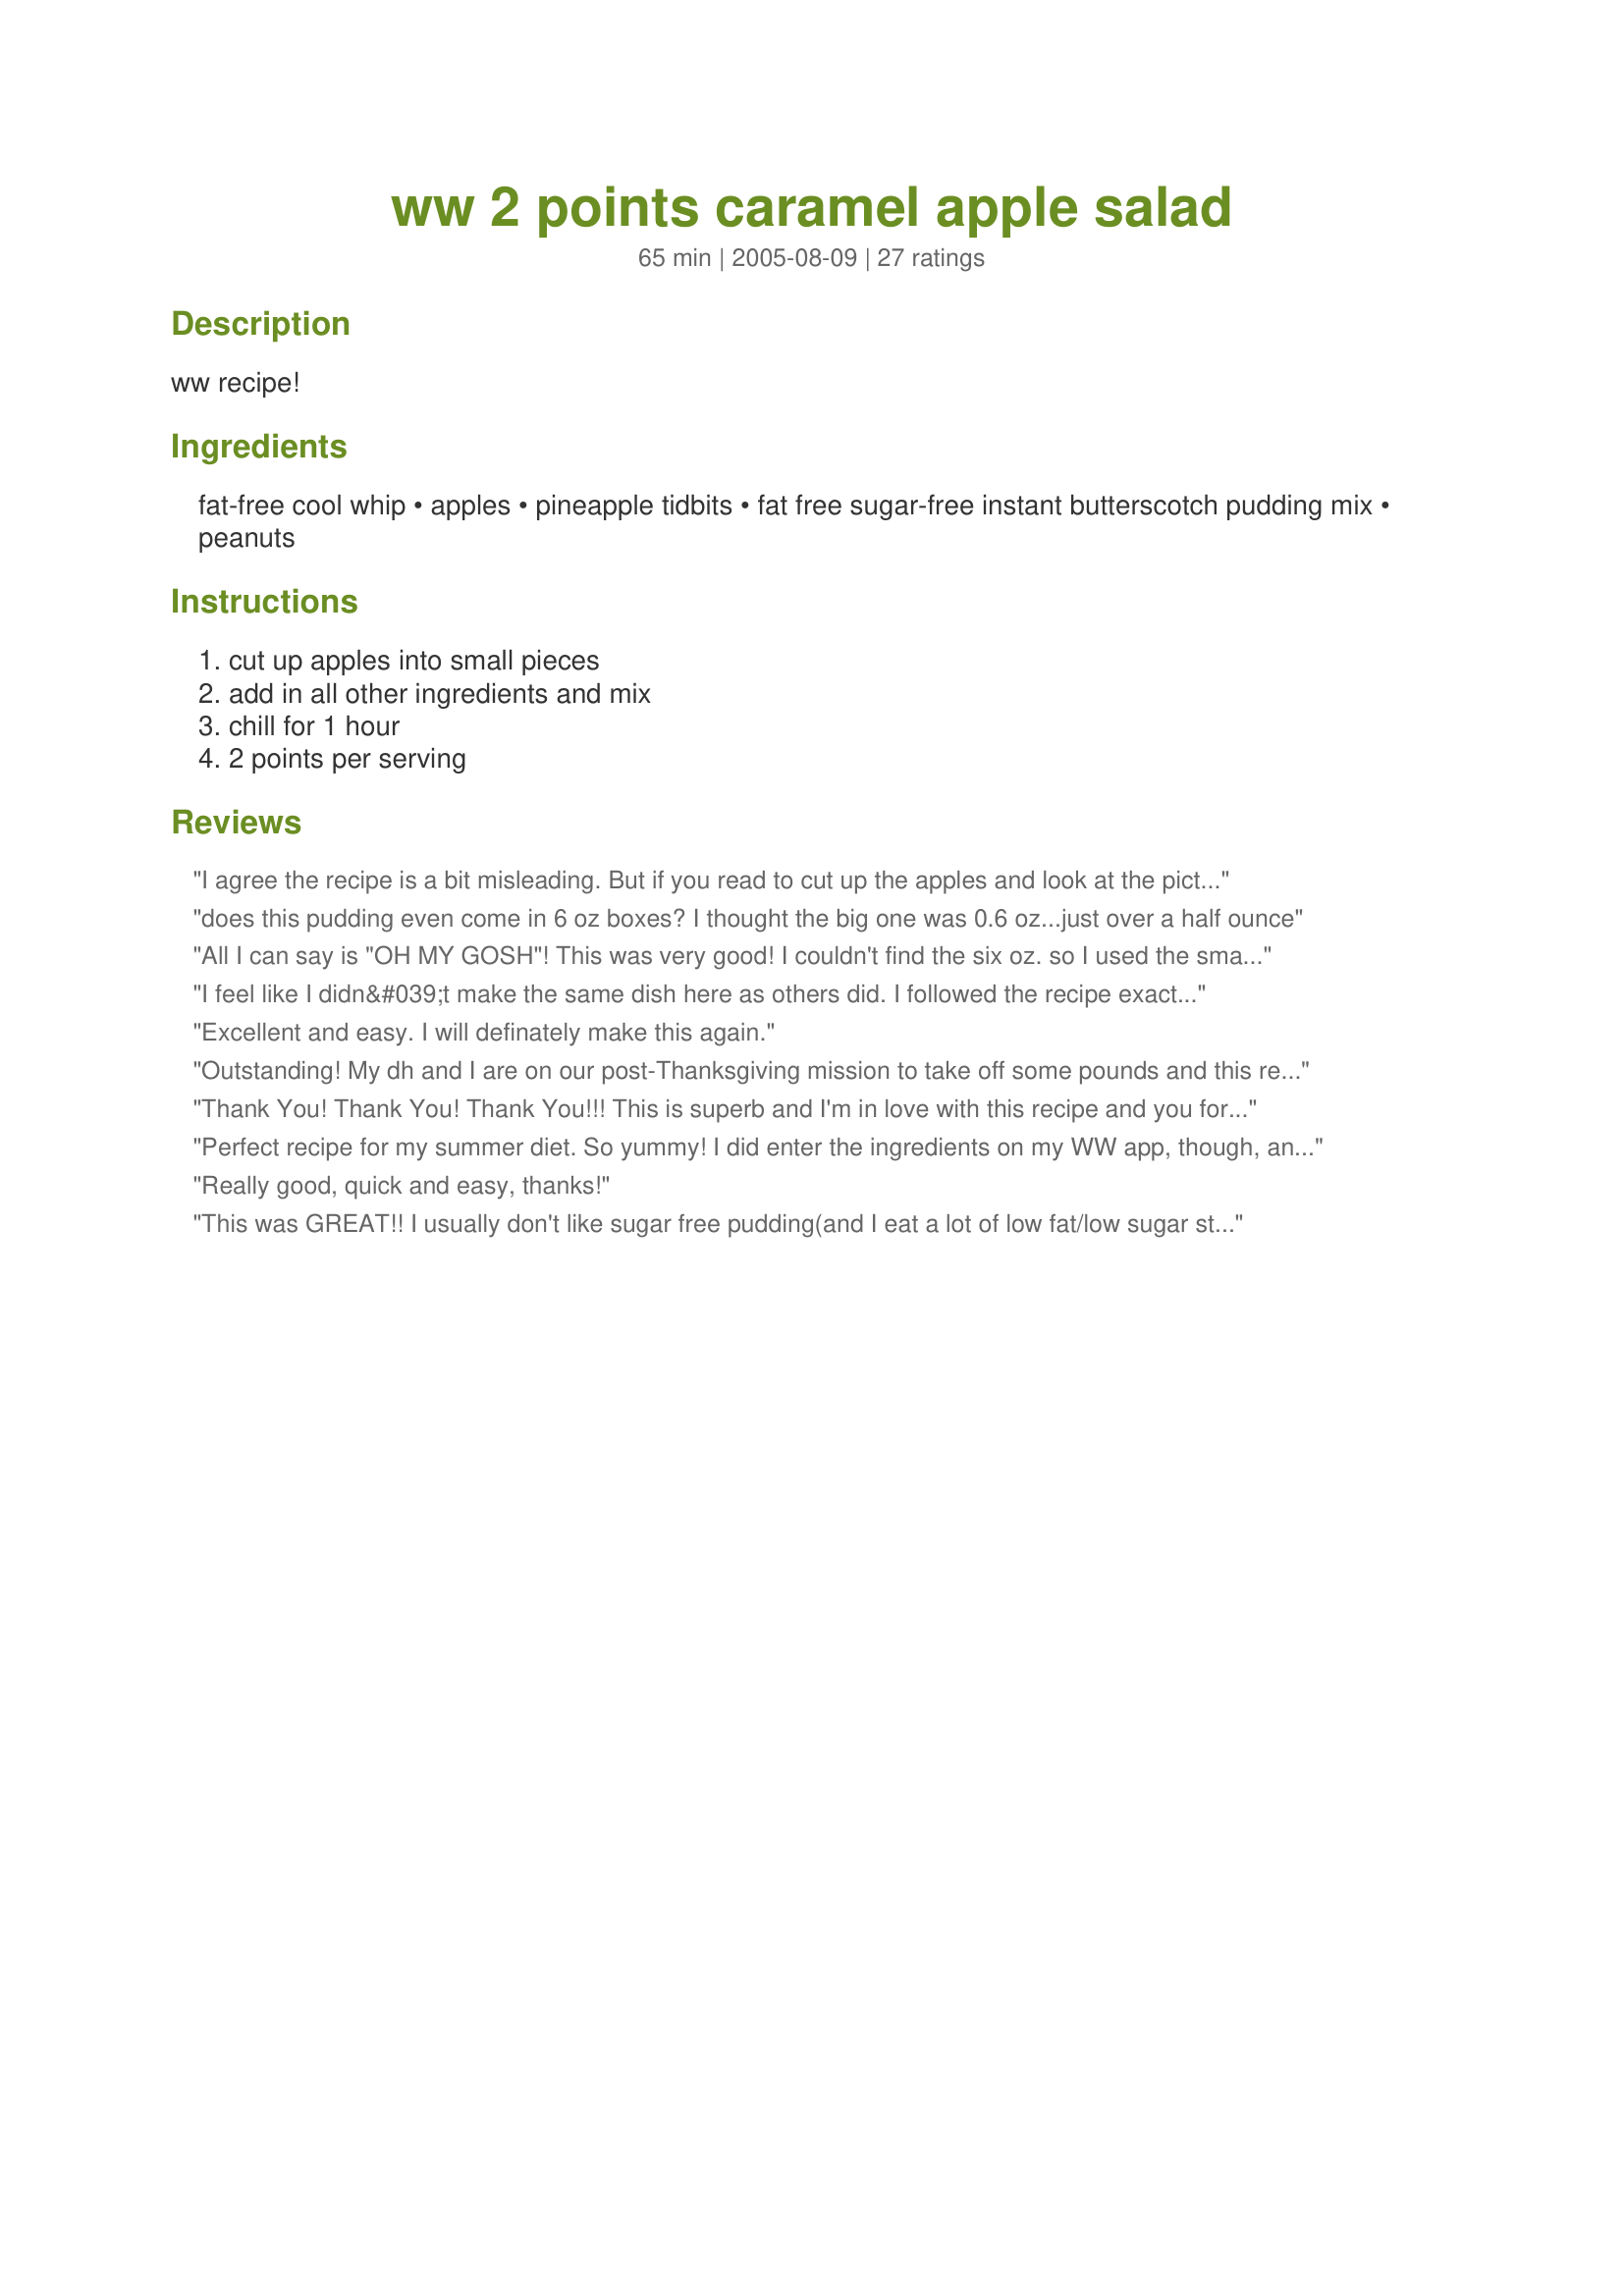
ww 2 points caramel apple salad
Preparation time: 65 minutes

ww recipe!

Ingredients:
fat-free cool whip, apples, pineapple tidbits, fat free sugar-free instant butterscotch pudding mix, peanuts

Steps:
cut up apples into small pieces, add in all other ingredients and mix, chill for 1 hour, 2 points per serving

Reviews:
I agree the recipe is a bit misleading. But if you read to cut up the apples and look at the picture then it says mix all the ingredients together it is certainly the rest of the ingredients like the juice and pudding mix plus the whipped topping for the rest and then layer. The picture is self explanatory I think. But it would help if they worded it better.
does this pudding even come in 6 oz boxes? I thought the big one was 0.6 oz...just over a half ounce
All I can say is "OH MY GOSH"! This was very good! I couldn't find the six oz. so I used the small box. It flavored it really good. This is a keeper! Thanks for sharing!
I feel like I didn&#039;t make the same dish here as others did. I followed the recipe exactly except for only making half the recipe. It looked nothing like the picture and wasn&#039;t all that tasty. I hope I don&#039;t wind up throwing it out. Sorry!
Excellent and easy. I will definately make this again.
Outstanding! My dh and I are on our post-Thanksgiving mission to take off some pounds and this really hit the spot for dessert tonight. I will definitely be making this often. My 9 yo dd loved it too!
Thank You! Thank You! Thank You!!! This is superb and I'm in love with this recipe and you for posting. It curbs any sweet cravings and fills you up too. The taste is unbelievable and won't grow your waistline. I will be making this often. Very easy to prepare. I have nothing bad to say. 5 stars all the way!! Appreciate you sharing!!!!!
Perfect recipe for my summer diet. So yummy! I did enter the ingredients on my WW app, though, and it showed 4 points per serving. Still a recipe I will use every week. Thanks so much!
Really good, quick and easy, thanks!
This was GREAT!! I usually don't like sugar free pudding(and I eat a lot of low fat/low sugar stuff) but I could not even taste it. I almost did not make it but had to use up some pineapple--so glad I did. Thanks for posting!!!
This is SO good! I used 1/2 a package of a small butterscotch pudding. And I mixed it right into the cool whip and then layered it with the apple and pineapple to make more of a trifle. It made a pretty dessert.
Absolutely delicious!! Thanks you for sharing! I wasn't sure of the 6 oz. box of butterscotch pudding and used the 1 oz. size. This amount seemed to be plenty.
absolutely DELICIOUS! One of my very favorite WW desserts to date. Will be making this one again. SOOOOO GOOD!
OMG! This is so good! Great idea for simple dessert or a side dish. Could bring as a dish to pass or serve to family and company, no would ever guess it&#039;s a WW recipe!
It's just yummy! It is a pudding one ounce box, 6 servings size, that I used and it is perfection. I hate to diet and this doesn't taste diet! I did mix it all together instead of making it parfait style.
Made this for holiday...it was really good! Thanks
all I have to say is YUM!
Hmmm but when you plug in the nutritional facts in to WW app, it's 4 points per serving, not 2
This was delicious! I will absolutely be making this again. Great stand in for dessert.
I served this for dessert this evening after a dinner of BBQ turkey burgers and salad. It really finished off the meal nicely. It tastes quite decadent without being high in calories or fat. Thanks!
I mixed it all together, and its’ yummy. I considered the fruit and juice free points under freestyle. I considered the whipped topping 1 point and the pudding 1 point which made a serving at 2 points. I didn’t use the peanuts but next time might sprinkle a little unsweetened coconut on top.
OH. MY GOODNESS. This is amazing! I just got back on Weight Watchers (have to lose the rest of that baby weight from my second child!) and this is now my favorite weight watchers recipe for sweets! I used a 1 ounce (small) box of butterscotch pudding and it was plenty. I was going to have this for dessert after tonight's dinner, but after I tasted this, I ended up filling up on it and not eating any dinner! :)
This is definitely a keeper! Thanks for posting!
My daughter had a friend over and I made this for them. As soon as it was made( no time for chilling) it was gone. They loved this dessert. In fact I was lucky to even get a taste. I only had individual cups of fruit cocktail so I added 2 of those in place of the pineapple. Thanks for the recipe.
This is one of my favorite WW recipes. It can also be made with sf vanilla pudding, but I do personally prefer the butterscotch!
Directions tell you to whip everything together in one big mess, then spoon into dishes, but picture is a layered parfait...This doesn't match up. Do the pudding and cool whip get blended together for the parfait layers? the pineapple juice goes where? SERIOUSLY BAD DIRECTIONS.
I was very surprised & pleased with this recipe. Even leaving out the nuts the dish was sweet & satisifing. I did serve this as a dessert. Thank you for sharing the recipe! =)
I have died and gone to a butterscotch heaven...This is absolutely delicious .
